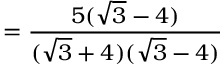
= { \frac { 5 ( { \sqrt { 3 } } - 4 ) } { ( { \sqrt { 3 } } + 4 ) ( { \sqrt { 3 } } - 4 ) } }